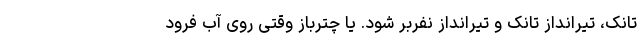
تانک، تیرانداز تانک و تیرانداز نفربر شود. یا چترباز وقتی روی آب فرود